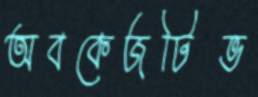
অবকেজটিভ